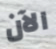
الآن